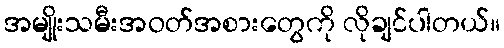
အမျိုးသမီးအဝတ်အစားတွေကို လိုချင်ပါတယ်။